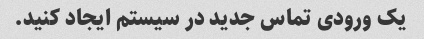
یک ورودی تماس جدید در سیستم ایجاد کنید.